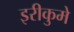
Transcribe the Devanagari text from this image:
इरीकुमे